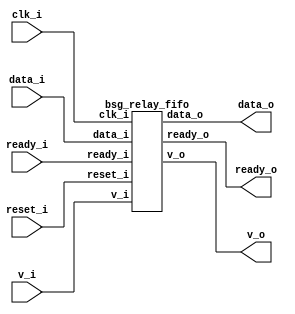


module top
(
  clk_i,
  reset_i,
  ready_o,
  data_i,
  v_i,
  v_o,
  data_o,
  ready_i
);

  input [15:0] data_i;
  output [15:0] data_o;
  input clk_i;
  input reset_i;
  input v_i;
  input ready_i;
  output ready_o;
  output v_o;

  bsg_relay_fifo
  wrapper
  (
    .data_i(data_i),
    .data_o(data_o),
    .clk_i(clk_i),
    .reset_i(reset_i),
    .v_i(v_i),
    .ready_i(ready_i),
    .ready_o(ready_o),
    .v_o(v_o)
  );


endmodule



module bsg_mem_1r1w_synth_width_p16_els_p2_read_write_same_addr_p0
(
  w_clk_i,
  w_reset_i,
  w_v_i,
  w_addr_i,
  w_data_i,
  r_v_i,
  r_addr_i,
  r_data_o
);

  input [0:0] w_addr_i;
  input [15:0] w_data_i;
  input [0:0] r_addr_i;
  output [15:0] r_data_o;
  input w_clk_i;
  input w_reset_i;
  input w_v_i;
  input r_v_i;
  wire [15:0] r_data_o;
  wire N0,N1,N2,N3,N4,N5,N7,N8;
  wire [31:0] \nz.mem ;
  reg \nz.mem_31_sv2v_reg ,\nz.mem_30_sv2v_reg ,\nz.mem_29_sv2v_reg ,
  \nz.mem_28_sv2v_reg ,\nz.mem_27_sv2v_reg ,\nz.mem_26_sv2v_reg ,\nz.mem_25_sv2v_reg ,
  \nz.mem_24_sv2v_reg ,\nz.mem_23_sv2v_reg ,\nz.mem_22_sv2v_reg ,\nz.mem_21_sv2v_reg ,
  \nz.mem_20_sv2v_reg ,\nz.mem_19_sv2v_reg ,\nz.mem_18_sv2v_reg ,\nz.mem_17_sv2v_reg ,
  \nz.mem_16_sv2v_reg ,\nz.mem_15_sv2v_reg ,\nz.mem_14_sv2v_reg ,\nz.mem_13_sv2v_reg ,
  \nz.mem_12_sv2v_reg ,\nz.mem_11_sv2v_reg ,\nz.mem_10_sv2v_reg ,
  \nz.mem_9_sv2v_reg ,\nz.mem_8_sv2v_reg ,\nz.mem_7_sv2v_reg ,\nz.mem_6_sv2v_reg ,
  \nz.mem_5_sv2v_reg ,\nz.mem_4_sv2v_reg ,\nz.mem_3_sv2v_reg ,\nz.mem_2_sv2v_reg ,
  \nz.mem_1_sv2v_reg ,\nz.mem_0_sv2v_reg ;
  assign \nz.mem [31] = \nz.mem_31_sv2v_reg ;
  assign \nz.mem [30] = \nz.mem_30_sv2v_reg ;
  assign \nz.mem [29] = \nz.mem_29_sv2v_reg ;
  assign \nz.mem [28] = \nz.mem_28_sv2v_reg ;
  assign \nz.mem [27] = \nz.mem_27_sv2v_reg ;
  assign \nz.mem [26] = \nz.mem_26_sv2v_reg ;
  assign \nz.mem [25] = \nz.mem_25_sv2v_reg ;
  assign \nz.mem [24] = \nz.mem_24_sv2v_reg ;
  assign \nz.mem [23] = \nz.mem_23_sv2v_reg ;
  assign \nz.mem [22] = \nz.mem_22_sv2v_reg ;
  assign \nz.mem [21] = \nz.mem_21_sv2v_reg ;
  assign \nz.mem [20] = \nz.mem_20_sv2v_reg ;
  assign \nz.mem [19] = \nz.mem_19_sv2v_reg ;
  assign \nz.mem [18] = \nz.mem_18_sv2v_reg ;
  assign \nz.mem [17] = \nz.mem_17_sv2v_reg ;
  assign \nz.mem [16] = \nz.mem_16_sv2v_reg ;
  assign \nz.mem [15] = \nz.mem_15_sv2v_reg ;
  assign \nz.mem [14] = \nz.mem_14_sv2v_reg ;
  assign \nz.mem [13] = \nz.mem_13_sv2v_reg ;
  assign \nz.mem [12] = \nz.mem_12_sv2v_reg ;
  assign \nz.mem [11] = \nz.mem_11_sv2v_reg ;
  assign \nz.mem [10] = \nz.mem_10_sv2v_reg ;
  assign \nz.mem [9] = \nz.mem_9_sv2v_reg ;
  assign \nz.mem [8] = \nz.mem_8_sv2v_reg ;
  assign \nz.mem [7] = \nz.mem_7_sv2v_reg ;
  assign \nz.mem [6] = \nz.mem_6_sv2v_reg ;
  assign \nz.mem [5] = \nz.mem_5_sv2v_reg ;
  assign \nz.mem [4] = \nz.mem_4_sv2v_reg ;
  assign \nz.mem [3] = \nz.mem_3_sv2v_reg ;
  assign \nz.mem [2] = \nz.mem_2_sv2v_reg ;
  assign \nz.mem [1] = \nz.mem_1_sv2v_reg ;
  assign \nz.mem [0] = \nz.mem_0_sv2v_reg ;
  assign r_data_o[15] = (N3)? \nz.mem [15] : 
                        (N0)? \nz.mem [31] : 1'b0;
  assign N0 = r_addr_i[0];
  assign r_data_o[14] = (N3)? \nz.mem [14] : 
                        (N0)? \nz.mem [30] : 1'b0;
  assign r_data_o[13] = (N3)? \nz.mem [13] : 
                        (N0)? \nz.mem [29] : 1'b0;
  assign r_data_o[12] = (N3)? \nz.mem [12] : 
                        (N0)? \nz.mem [28] : 1'b0;
  assign r_data_o[11] = (N3)? \nz.mem [11] : 
                        (N0)? \nz.mem [27] : 1'b0;
  assign r_data_o[10] = (N3)? \nz.mem [10] : 
                        (N0)? \nz.mem [26] : 1'b0;
  assign r_data_o[9] = (N3)? \nz.mem [9] : 
                       (N0)? \nz.mem [25] : 1'b0;
  assign r_data_o[8] = (N3)? \nz.mem [8] : 
                       (N0)? \nz.mem [24] : 1'b0;
  assign r_data_o[7] = (N3)? \nz.mem [7] : 
                       (N0)? \nz.mem [23] : 1'b0;
  assign r_data_o[6] = (N3)? \nz.mem [6] : 
                       (N0)? \nz.mem [22] : 1'b0;
  assign r_data_o[5] = (N3)? \nz.mem [5] : 
                       (N0)? \nz.mem [21] : 1'b0;
  assign r_data_o[4] = (N3)? \nz.mem [4] : 
                       (N0)? \nz.mem [20] : 1'b0;
  assign r_data_o[3] = (N3)? \nz.mem [3] : 
                       (N0)? \nz.mem [19] : 1'b0;
  assign r_data_o[2] = (N3)? \nz.mem [2] : 
                       (N0)? \nz.mem [18] : 1'b0;
  assign r_data_o[1] = (N3)? \nz.mem [1] : 
                       (N0)? \nz.mem [17] : 1'b0;
  assign r_data_o[0] = (N3)? \nz.mem [0] : 
                       (N0)? \nz.mem [16] : 1'b0;
  assign N5 = ~w_addr_i[0];
  assign { N8, N7 } = (N1)? { w_addr_i[0:0], N5 } : 
                      (N2)? { 1'b0, 1'b0 } : 1'b0;
  assign N1 = w_v_i;
  assign N2 = N4;
  assign N3 = ~r_addr_i[0];
  assign N4 = ~w_v_i;

  always @(posedge w_clk_i) begin
    if(N8) begin
      \nz.mem_31_sv2v_reg  <= w_data_i[15];
      \nz.mem_30_sv2v_reg  <= w_data_i[14];
      \nz.mem_29_sv2v_reg  <= w_data_i[13];
      \nz.mem_28_sv2v_reg  <= w_data_i[12];
      \nz.mem_27_sv2v_reg  <= w_data_i[11];
      \nz.mem_26_sv2v_reg  <= w_data_i[10];
      \nz.mem_25_sv2v_reg  <= w_data_i[9];
      \nz.mem_24_sv2v_reg  <= w_data_i[8];
      \nz.mem_23_sv2v_reg  <= w_data_i[7];
      \nz.mem_22_sv2v_reg  <= w_data_i[6];
      \nz.mem_21_sv2v_reg  <= w_data_i[5];
      \nz.mem_20_sv2v_reg  <= w_data_i[4];
      \nz.mem_19_sv2v_reg  <= w_data_i[3];
      \nz.mem_18_sv2v_reg  <= w_data_i[2];
      \nz.mem_17_sv2v_reg  <= w_data_i[1];
      \nz.mem_16_sv2v_reg  <= w_data_i[0];
    end 
    if(N7) begin
      \nz.mem_15_sv2v_reg  <= w_data_i[15];
      \nz.mem_14_sv2v_reg  <= w_data_i[14];
      \nz.mem_13_sv2v_reg  <= w_data_i[13];
      \nz.mem_12_sv2v_reg  <= w_data_i[12];
      \nz.mem_11_sv2v_reg  <= w_data_i[11];
      \nz.mem_10_sv2v_reg  <= w_data_i[10];
      \nz.mem_9_sv2v_reg  <= w_data_i[9];
      \nz.mem_8_sv2v_reg  <= w_data_i[8];
      \nz.mem_7_sv2v_reg  <= w_data_i[7];
      \nz.mem_6_sv2v_reg  <= w_data_i[6];
      \nz.mem_5_sv2v_reg  <= w_data_i[5];
      \nz.mem_4_sv2v_reg  <= w_data_i[4];
      \nz.mem_3_sv2v_reg  <= w_data_i[3];
      \nz.mem_2_sv2v_reg  <= w_data_i[2];
      \nz.mem_1_sv2v_reg  <= w_data_i[1];
      \nz.mem_0_sv2v_reg  <= w_data_i[0];
    end 
  end


endmodule



module bsg_mem_1r1w_width_p16_els_p2_read_write_same_addr_p0
(
  w_clk_i,
  w_reset_i,
  w_v_i,
  w_addr_i,
  w_data_i,
  r_v_i,
  r_addr_i,
  r_data_o
);

  input [0:0] w_addr_i;
  input [15:0] w_data_i;
  input [0:0] r_addr_i;
  output [15:0] r_data_o;
  input w_clk_i;
  input w_reset_i;
  input w_v_i;
  input r_v_i;
  wire [15:0] r_data_o;

  bsg_mem_1r1w_synth_width_p16_els_p2_read_write_same_addr_p0
  synth
  (
    .w_clk_i(w_clk_i),
    .w_reset_i(w_reset_i),
    .w_v_i(w_v_i),
    .w_addr_i(w_addr_i[0]),
    .w_data_i(w_data_i),
    .r_v_i(r_v_i),
    .r_addr_i(r_addr_i[0]),
    .r_data_o(r_data_o)
  );


endmodule



module bsg_two_fifo_width_p16
(
  clk_i,
  reset_i,
  ready_o,
  data_i,
  v_i,
  v_o,
  data_o,
  yumi_i
);

  input [15:0] data_i;
  output [15:0] data_o;
  input clk_i;
  input reset_i;
  input v_i;
  input yumi_i;
  output ready_o;
  output v_o;
  wire [15:0] data_o;
  wire ready_o,v_o,enq_i,tail_r,_0_net_,head_r,empty_r,full_r,N0,N1,N2,N3,N4,N5,N6,N7,
  N8,N9,N10,N11,N12,N13,N14;
  reg full_r_sv2v_reg,tail_r_sv2v_reg,head_r_sv2v_reg,empty_r_sv2v_reg;
  assign full_r = full_r_sv2v_reg;
  assign tail_r = tail_r_sv2v_reg;
  assign head_r = head_r_sv2v_reg;
  assign empty_r = empty_r_sv2v_reg;

  bsg_mem_1r1w_width_p16_els_p2_read_write_same_addr_p0
  mem_1r1w
  (
    .w_clk_i(clk_i),
    .w_reset_i(reset_i),
    .w_v_i(enq_i),
    .w_addr_i(tail_r),
    .w_data_i(data_i),
    .r_v_i(_0_net_),
    .r_addr_i(head_r),
    .r_data_o(data_o)
  );

  assign _0_net_ = ~empty_r;
  assign v_o = ~empty_r;
  assign ready_o = ~full_r;
  assign enq_i = v_i & N5;
  assign N5 = ~full_r;
  assign N1 = enq_i;
  assign N0 = ~tail_r;
  assign N2 = ~head_r;
  assign N3 = N7 | N9;
  assign N7 = empty_r & N6;
  assign N6 = ~enq_i;
  assign N9 = N8 & N6;
  assign N8 = N5 & yumi_i;
  assign N4 = N13 | N14;
  assign N13 = N11 & N12;
  assign N11 = N10 & enq_i;
  assign N10 = ~empty_r;
  assign N12 = ~yumi_i;
  assign N14 = full_r & N12;

  always @(posedge clk_i) begin
    if(reset_i) begin
      full_r_sv2v_reg <= 1'b0;
      empty_r_sv2v_reg <= 1'b1;
    end else if(1'b1) begin
      full_r_sv2v_reg <= N4;
      empty_r_sv2v_reg <= N3;
    end 
    if(reset_i) begin
      tail_r_sv2v_reg <= 1'b0;
    end else if(N1) begin
      tail_r_sv2v_reg <= N0;
    end 
    if(reset_i) begin
      head_r_sv2v_reg <= 1'b0;
    end else if(yumi_i) begin
      head_r_sv2v_reg <= N2;
    end 
  end


endmodule



module bsg_relay_fifo
(
  clk_i,
  reset_i,
  ready_o,
  data_i,
  v_i,
  v_o,
  data_o,
  ready_i
);

  input [15:0] data_i;
  output [15:0] data_o;
  input clk_i;
  input reset_i;
  input v_i;
  input ready_i;
  output ready_o;
  output v_o;
  wire [15:0] data_o;
  wire ready_o,v_o,yumi;

  bsg_two_fifo_width_p16
  two_fifo
  (
    .clk_i(clk_i),
    .reset_i(reset_i),
    .ready_o(ready_o),
    .data_i(data_i),
    .v_i(v_i),
    .v_o(v_o),
    .data_o(data_o),
    .yumi_i(yumi)
  );

  assign yumi = ready_i & v_o;

endmodule